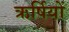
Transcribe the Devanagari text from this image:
ऋर्षियों